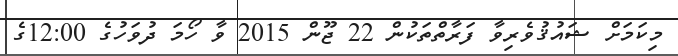
މިކަމަށް ޝައުޤުވެރިވާ ފަރާތްތަކުން 22 ޖޫން 2015 ވާ ހޯމަ ދުވަހުގެ 12:00ގެ